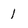
Character: l